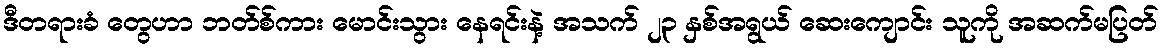
ဒီတရားခံ တွေဟာ ဘတ်စ်ကား မောင်းသွား နေရင်းနဲ့ အသက် ၂၃ နှစ်အရွယ် ဆေးကျောင်း သူကို အဆက်မပြတ်